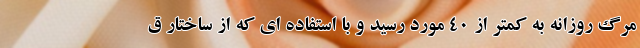
مرگ روزانه به کمتر از ۴۰ مورد رسید و با استفاده ای که از ساختار ق